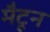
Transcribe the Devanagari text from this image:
मैटून